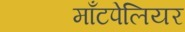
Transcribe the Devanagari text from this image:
माँटपेलियर